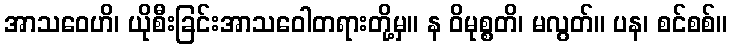
အာသဝေဟိ၊ ယိုစီးခြင်းအာသဝေါတရားတို့မှ။ န ဝိမုစ္စတိ၊ မလွတ်။ ပန၊ စင်စစ်။